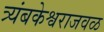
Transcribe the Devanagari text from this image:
त्र्यंबकेश्वराजवळ